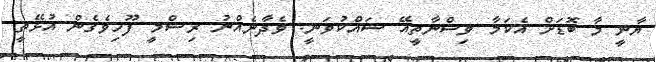
ޔާނީ މާ ބޮޑަށް އެކަމާ ވިސްނާތީއޭ ޝައްކުވަނީ. ވެދާނެއްނު ރިޝްމީ ފޫހިވެގެން އުޅޭތީ